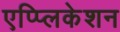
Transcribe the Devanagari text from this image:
एप्प्लिकेशन